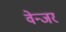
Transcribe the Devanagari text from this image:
वेन्जर